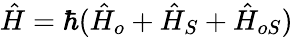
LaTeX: \hat{H}=\hbar(\hat{H}_{o}+\hat{H}_{S}+\hat{H}_{oS})